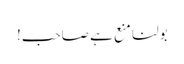
بولنا منع ہے صاحب!